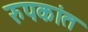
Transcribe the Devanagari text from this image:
रुपकांत